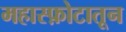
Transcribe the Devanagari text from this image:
महास्फ़ोटातून